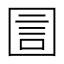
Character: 圁